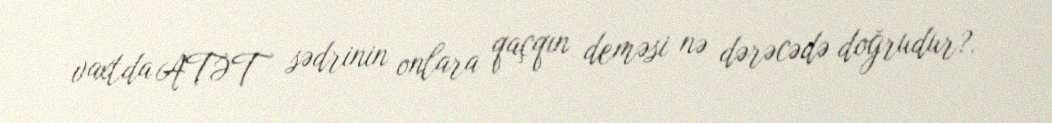
vaxtda ATƏT sədrinin onlara qaçqın deməsi nə dərəcədə doğrudur?.